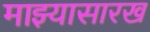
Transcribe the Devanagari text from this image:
माझ्यासारख